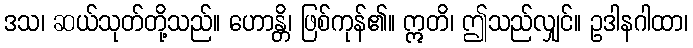
ဒသ၊ ဆယ်သုတ်တို့သည်။ ဟောန္တိ၊ ဖြစ်ကုန်၏။ ဣတိ၊ ဤသည်လျှင်။ ဥဒါနဂါထာ၊